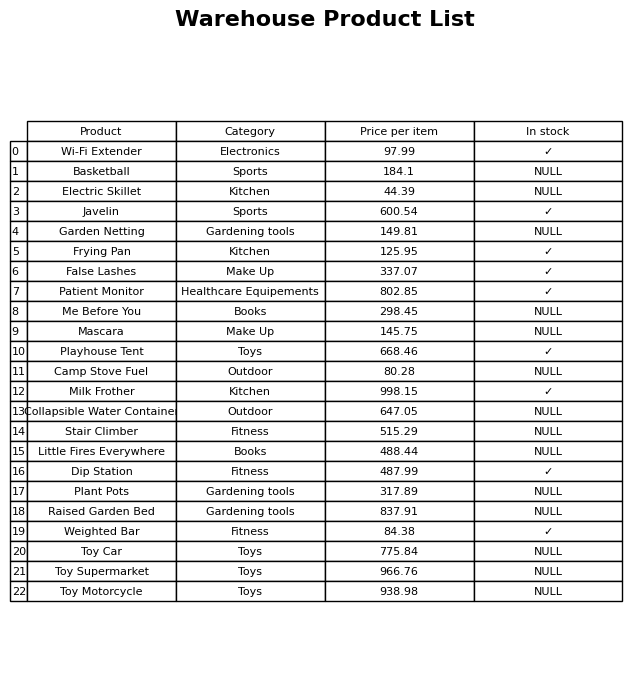
question: What is the price of the Mascara?
answer: The price of Mascara is 145.75.